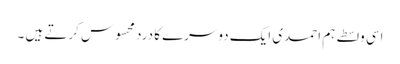
اسی واسطے ہم احمدی ایک دوسرے کا درد محسوس کرتے ہیں ۔